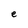
Character: e